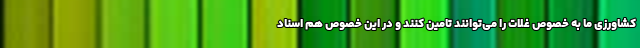
کشاورزی ما به خصوص غلات را می‌توانند تامین کنند و در این خصوص هم اسناد